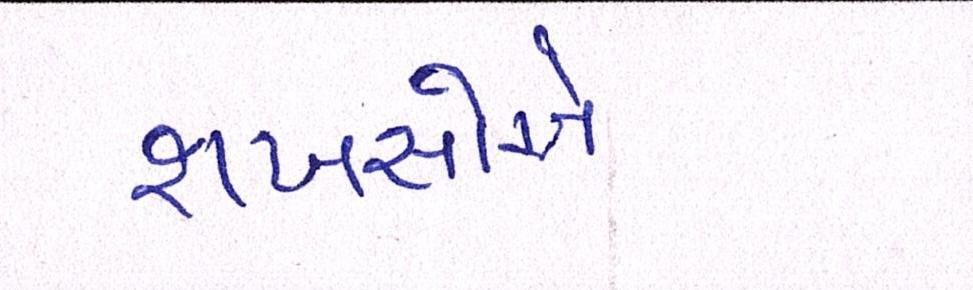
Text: શખસોએ